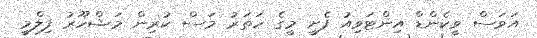
އަވަސް ވީކެންޑް އިންޓަވިއު ފެށީ މީގެ ހަތަރު މަސް ކުރިން މަޝްހޫރު ފިލްމީ